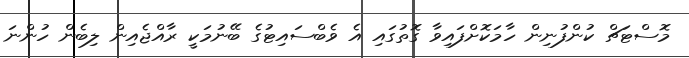
މޮސްޓަޗް ކުންފުނިން ހާމަކޮށްފައިވާ ގޮތުގައި އެ ވެބްސައިޓުގެ ބޭނުމަކީ ރާއްޖެއިން ލިބެން ހުންނަ